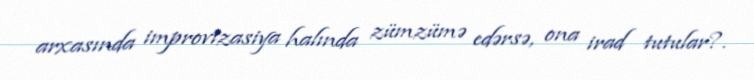
arxasında improvizasiya halında zümzümə edərsə, ona irad tutular?.